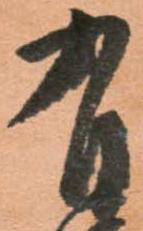
有